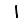
Digit: 1